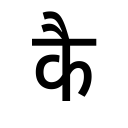
OCR:
कै